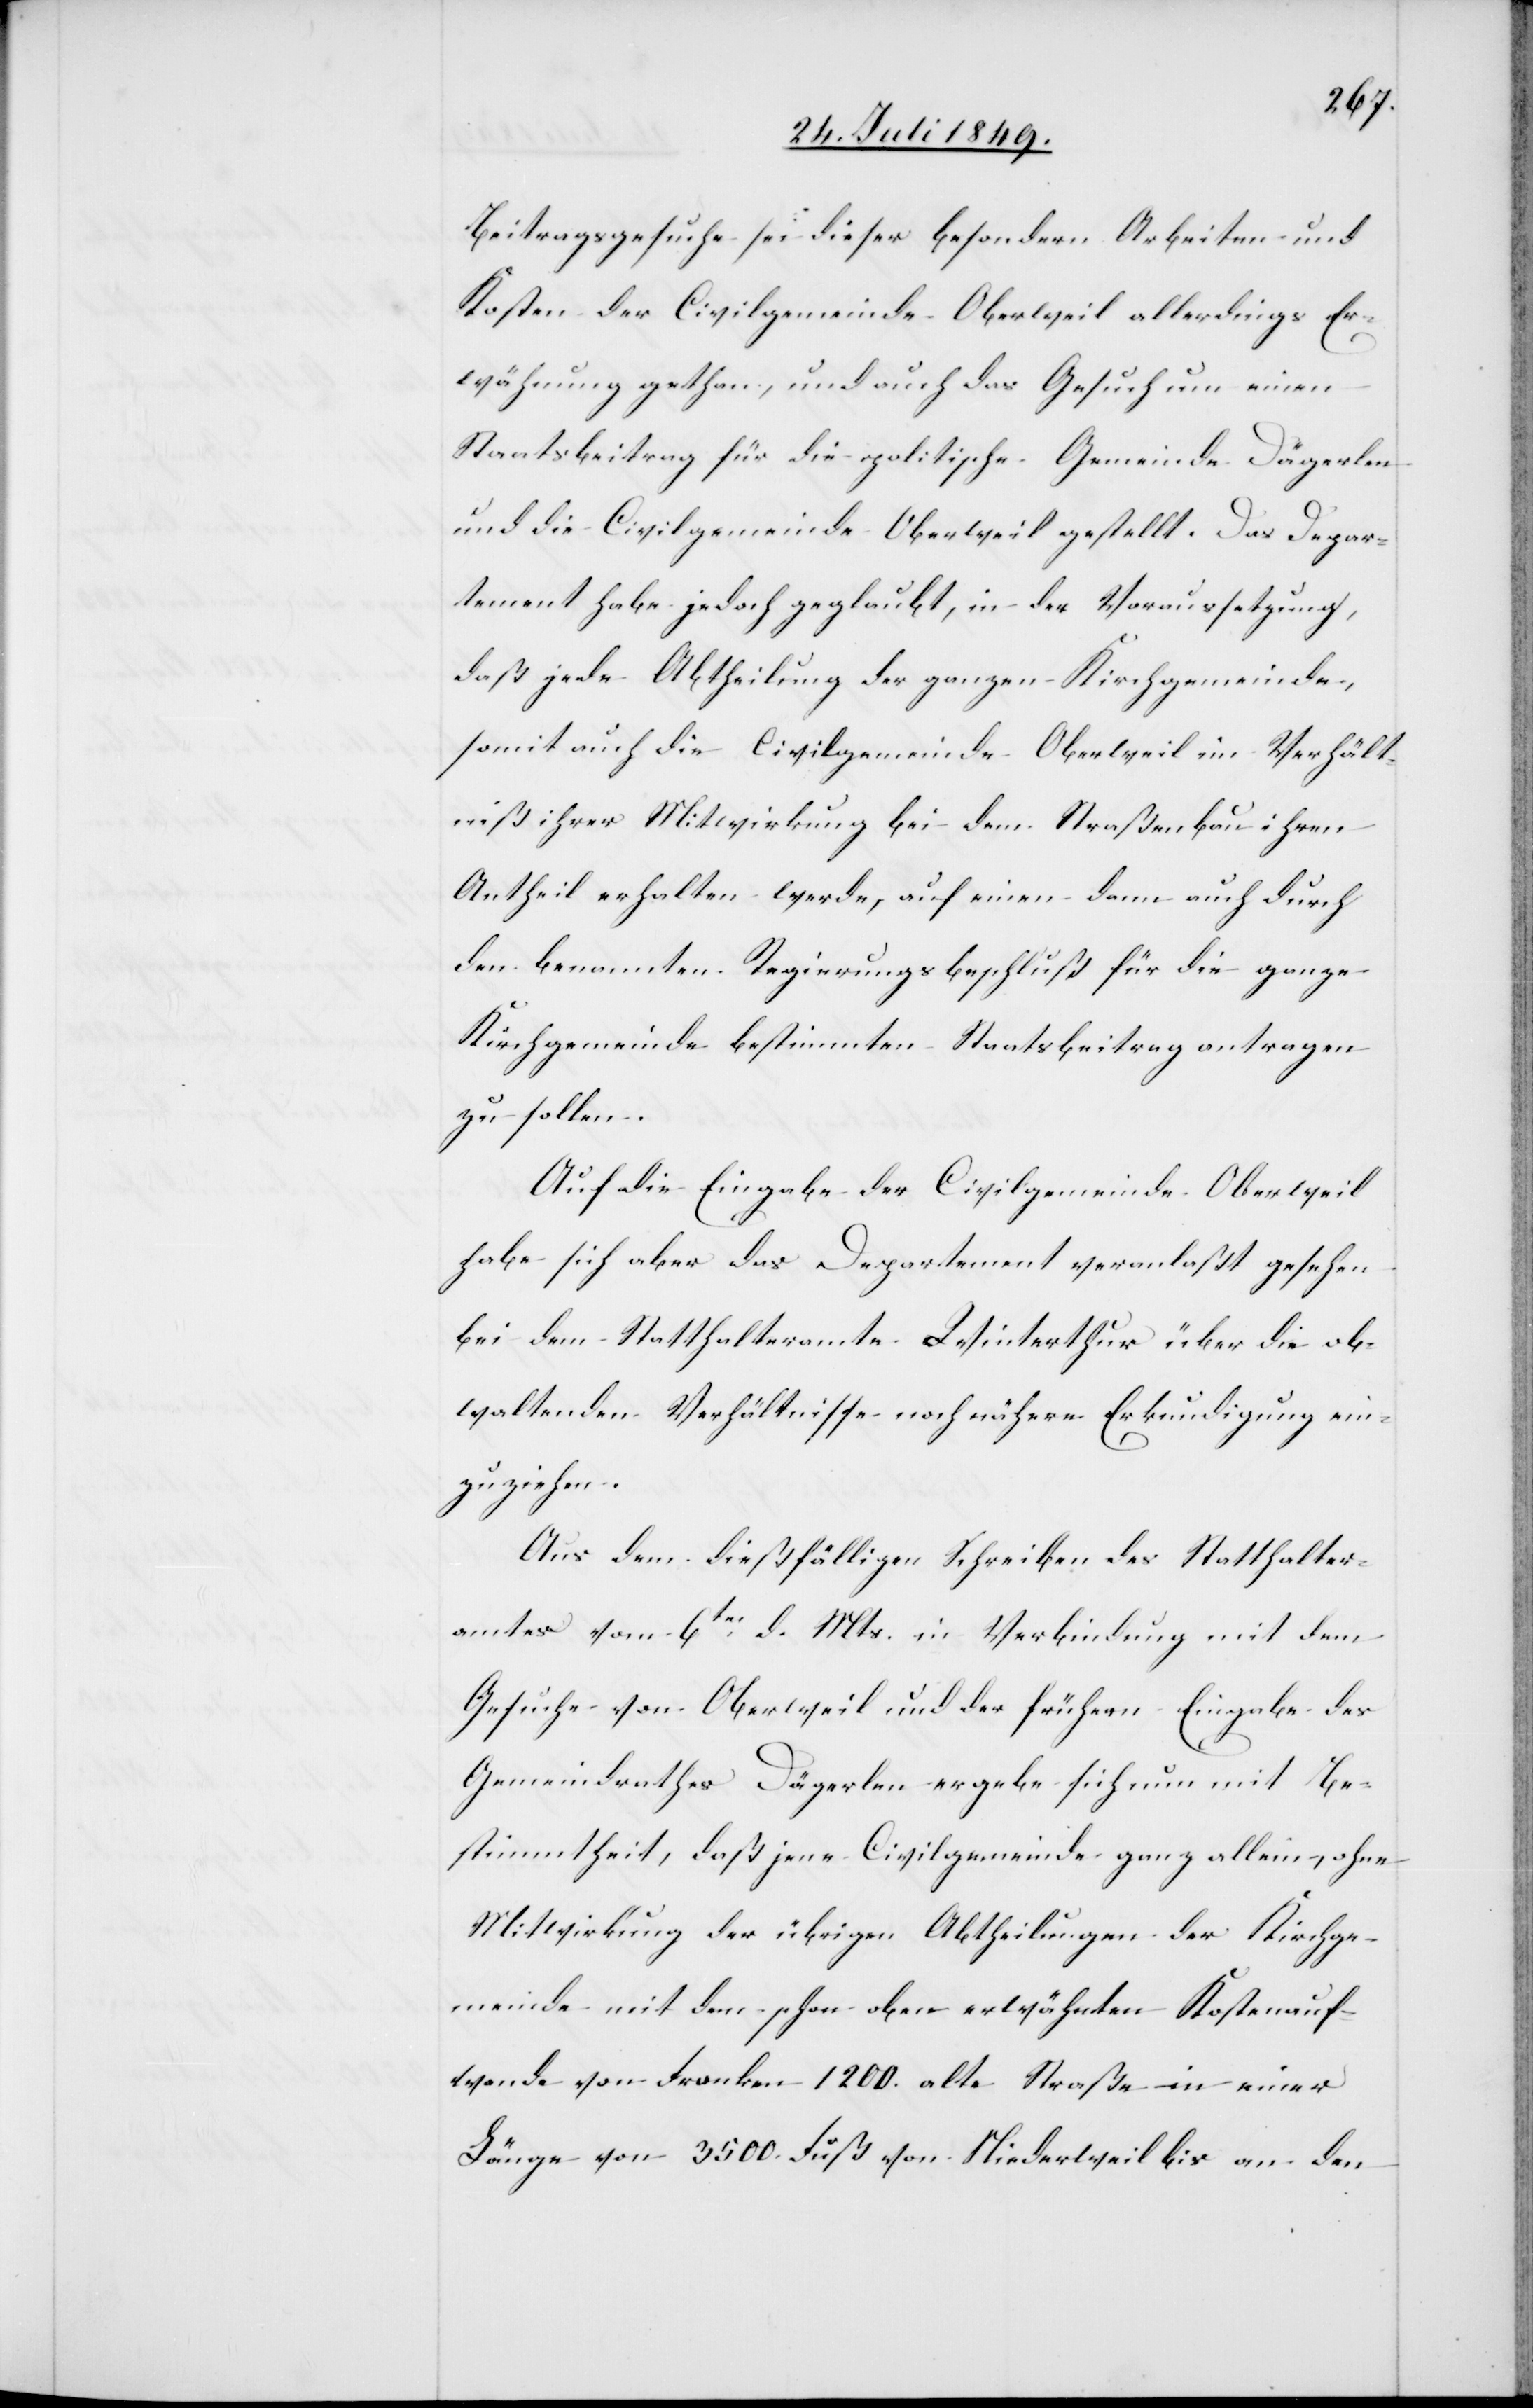
Beitragsgesuche sei dieser besondern Arbeiten und
Kosten der Civilgemeinde Oberweil allerdings Er¬
wähnung gethan, und auch das Gesuch um einen
Staatsbeitrag für die politische Gemeinde Dägerlen
und die Civilgemeinde Oberweil gestellt. Das Depar¬
tement habe jedoch geglaubt, in der Voraussetzung,
daß jede Abtheilung der ganzen Kirchgemeinde,
somit auch die Civilgemeinde Oberweil im Verhält¬
niß ihrer Mitwirkung bei dem Straßenbau ihren
Antheil erhalten werde, auf einen dann auch durch
den benannten Regierungsbeschluß für die ganze
Kirchgemeinde bestimmten Staatsbeitrag antragen
zu sollen.
Auf die Eingabe der Civilgemeinde Oberweil
habe sich aber das Departement veranlaßt gesehen
bei dem Statthalteramte Winterthur über die ob¬
waltenden Verhältnisse noch nähere Erkundigung ein¬
zuziehen.
Aus dem dießfälligen Schreiben des Statthalter¬
amtes vom 6ten d. Mts. in Verbindung mit dem
Gesuche von Oberweil und der frühern Eingabe des
Gemeindrathes Dägerlen ergebe sich nun mit Be¬
stimmtheit, daß jene Civilgemeinde ganz allein, ohne
Mitwirkung der übrigen Abtheilungen der Kirchge¬
meinde mit dem schon oben erwähnten Kostenauf¬
wande von Franken 1200. alte Straße in einer
Länge von 3500. Fuß von Niederweil bis an den